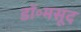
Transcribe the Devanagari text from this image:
डॉ॰मसूद